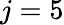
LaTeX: j=5